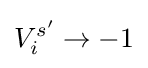
V_{i}^{s'}\rightarrow -1